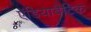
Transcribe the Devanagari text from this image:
ऍडियाबैटिक